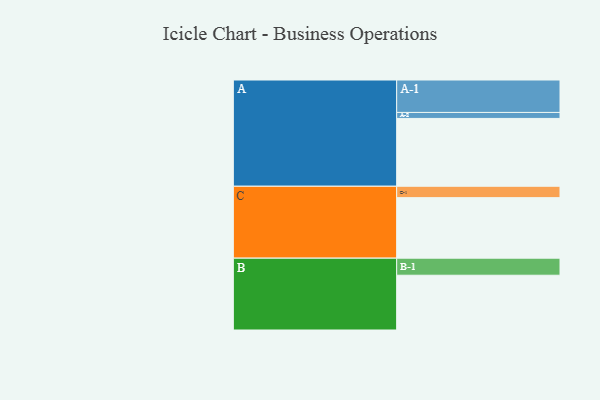
{"axis": {"x": "Segment", "y": "Value"}, "legend": ["", "A", "B", "C"], "data": [{"x": "A", "y": 577, "type": ""}, {"x": "B", "y": 466, "type": ""}, {"x": "C", "y": 515, "type": ""}, {"x": "A-1", "y": 276, "type": "A"}, {"x": "A-2", "y": 51, "type": "A"}, {"x": "B-1", "y": 145, "type": "B"}, {"x": "C-1", "y": 97, "type": "C"}]}